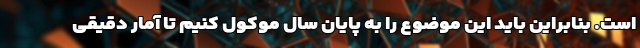
است. بنابراین باید این موضوع را به پایان سال موکول کنیم تا آمار دقیقی